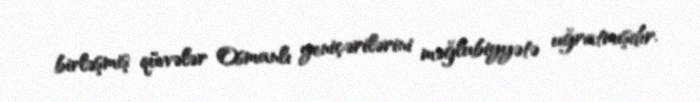
birləşmiş qüvvələr Osmanlı yeniçərilərini məğlubiyyətə uğratmışdır.